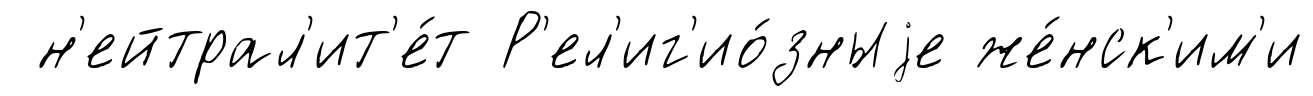
н'ейтрал'ит'е́т Р'ел'иг'ио́зныjе же́нск'им'и